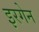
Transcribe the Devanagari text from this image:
इरगेन